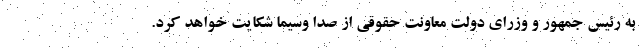
به رئیس جمهور و وزرای دولت معاونت حقوقی از صدا وسیما شکایت خواهد کرد.